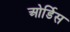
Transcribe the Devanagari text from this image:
ओर्डिस